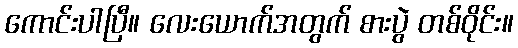
ကောင်းပါပြီ။ လေးယောက်အတွက် စားပွဲ တစ်ဝိုင်း။